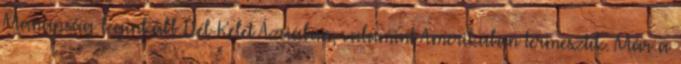
Manapság leginkább Dél-Kelet Ázsiában, valamint Amerikában termesztik. Már a